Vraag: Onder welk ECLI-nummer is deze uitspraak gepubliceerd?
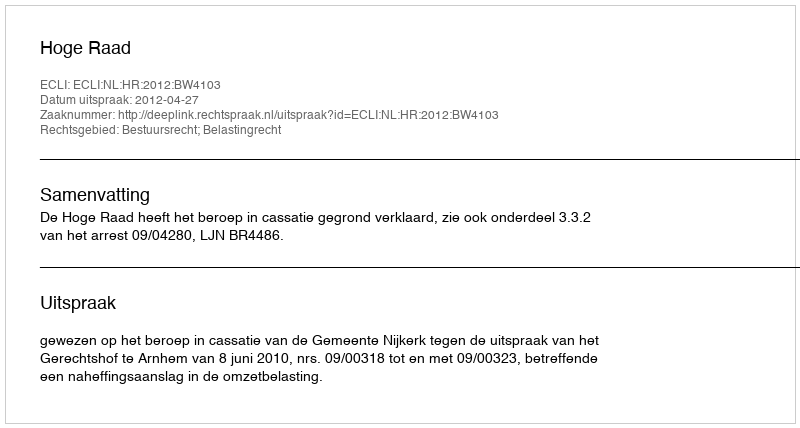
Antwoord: ECLI:NL:HR:2012:BW4103